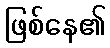
ဖြစ်နေ၏